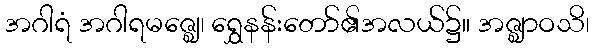
အဂါရံ အဂါရမဇ္ဈေ၊ ရွှေနန်းတော်၏အလယ်၌။ အဇ္ဈာဝသိ၊